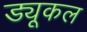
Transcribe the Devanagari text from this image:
ड्यूकल